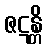
ဇဋန္တိ